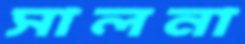
সালনা